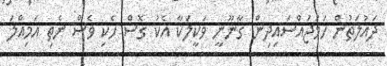
ދައުލަތުން ހަމަޖައްސައިދިން ގާނޫނީ ވަކީލަކާ އެކު ގޮސް ހެކި ވެސް ނެތި އަމިއްލަ